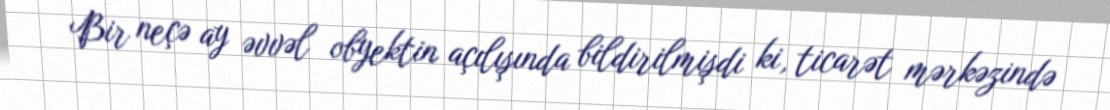
Bir neçə ay əvvəl obyektin açılışında bildirilmişdi ki, ticarət mərkəzində